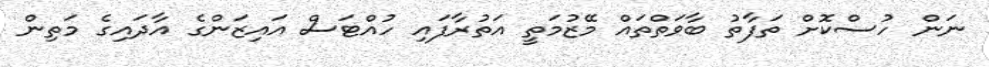
ނަން ހުސްކޮށް ތަފާތު ބާވަތްތައް މޭޒުމަތީ އަތުރާފައި ހުއްޓަސް އައިޒަންގެ އާދައިގެ މަތިން